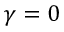
\gamma = 0